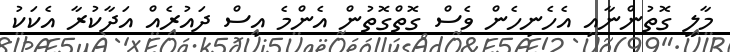
މާލީ ގޮތުންނާއި އެހެނިހެން ވެސް ގޮތްގޮތުން އެންމެ އިސް ދައުރެއް އަދާކުރާ އެކަކު